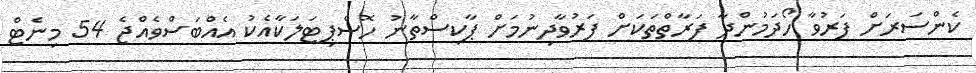
ކެންސަރަށް ފަރުވާ ހޯދަމުންދާ ފަރާތްތަކަށް ފަރުވާދިނުމަށް ޕާކިސްތާނު ހޮސްޕިޓަލަކާއެކު އެއްބަސްވެއްޖެ 54 މިނެޓް